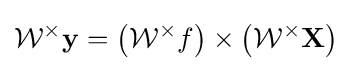
{\cal {W^{\times }}}{\bf {y}}=\left({\cal {W^{\times }}}f\right)\times \left({\cal {W^{\times }}}{\bf {X}}\right)